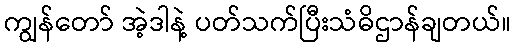
ကျွန်တော် အဲ့ဒါနဲ့ ပတ်သက်ပြီးသံဓိဌာန်ချတယ်။